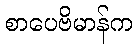
စာပေဗိမာန်က